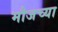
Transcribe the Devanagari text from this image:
मौजच्या